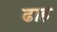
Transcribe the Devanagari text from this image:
ढाह